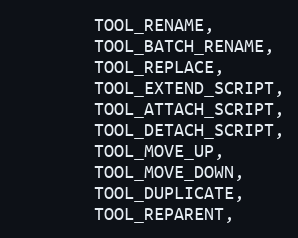
Language: C
		TOOL_RENAME,
		TOOL_BATCH_RENAME,
		TOOL_REPLACE,
		TOOL_EXTEND_SCRIPT,
		TOOL_ATTACH_SCRIPT,
		TOOL_DETACH_SCRIPT,
		TOOL_MOVE_UP,
		TOOL_MOVE_DOWN,
		TOOL_DUPLICATE,
		TOOL_REPARENT,